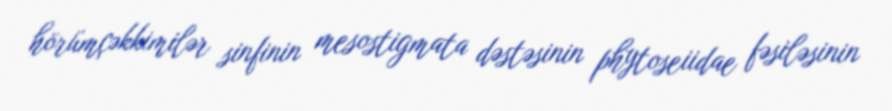
hörümçəkkimilər sinfinin mesostigmata dəstəsinin phytoseiidae fəsiləsinin